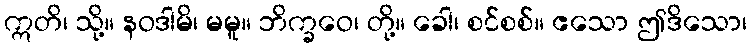
ဣတိ၊ သို့။ နဝဒါမိ၊ မမူ။ ဘိက္ခဝေ၊ တို့။ ခေါ၊ စင်စစ်။ ဧသော ဤဒိသော၊